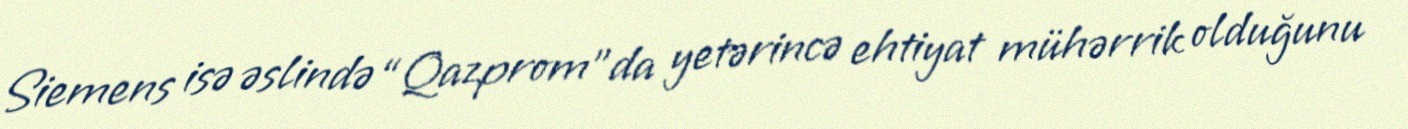
Siemens isə əslində “Qazprom”da yetərincə ehtiyat mühərrik olduğunu